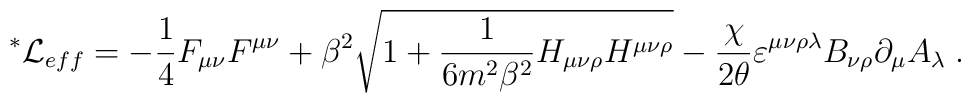
{\mbox{}^*\mathcal{L}}_{eff}=-\frac{1}{4}F_{\mu \nu} F^{\mu \nu} + \beta^2\sqrt{1+\frac{1}{6 m^2\beta^2}H_{\mu \nu \rho} H^{\mu \nu \rho}} -\frac{\chi}{2\theta} \varepsilon^{\mu \nu \rho \lambda } B_{\nu \rho} \partial_\mu A_\lambda\; .